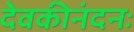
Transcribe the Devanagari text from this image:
देवकीनंदनः